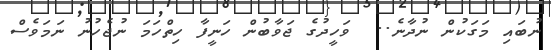
ނުބައި މަގަކުން ނުދާނެ..  ވަހީދުގެ ޖަވާބުން ހަނީފާ ހިތްހަމަ ނުޖެހުނު ނަމަވެސް